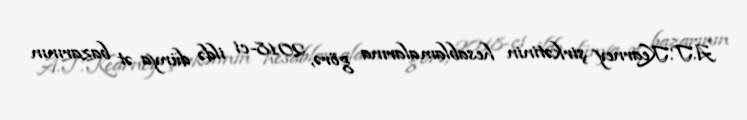
A.T.Kearney şirkətinin hesablamalarına görə, 2018-ci ildə dünya ət bazarının